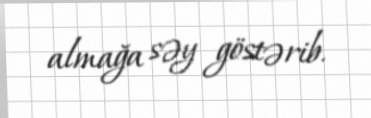
almağa səy göstərib.